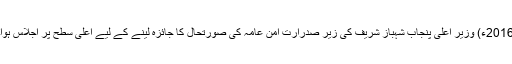
2016ء) وزیر اعلیٰ پنجاب شہباز شریف کی زیر صدرارت امن عامہ کی صورتحال کا جائزہ لینے کے لیے اعلیٰ سطح پر اجلاس ہوا۔